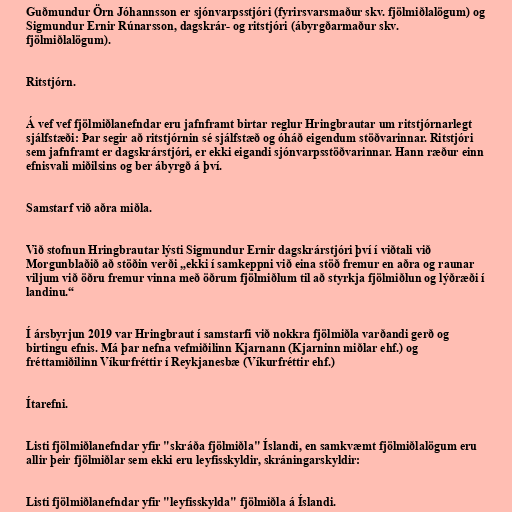
Guðmundur Örn Jóhannsson er sjónvarpsstjóri (fyrirsvarsmaður skv. fjölmiðlalögum) og
Sigmundur Ernir Rúnarsson, dagskrár- og ritstjóri (ábyrgðarmaður skv.
fjölmiðlalögum).

Ritstjórn.

Á vef vef fjölmiðlanefndar eru jafnframt birtar reglur Hringbrautar um ritstjórnarlegt
sjálfstæði: Þar segir að ritstjórnin sé sjálfstæð og óháð eigendum stöðvarinnar. Ritstjóri
sem jafnframt er dagskrárstjóri, er ekki eigandi sjónvarpsstöðvarinnar. Hann ræður einn
efnisvali miðilsins og ber ábyrgð á því.

Samstarf við aðra miðla.

Við stofnun Hringbrautar lýsti Sigmundur Ernir dagskrárstjóri því í viðtali við
Morgunblaðið að stöðin verði „ekki í samkeppni við eina stöð fremur en aðra og raunar
viljum við öðru fremur vinna með öðrum fjölmiðlum til að styrkja fjölmiðlun og lýðræði í
landinu.“

Í ársbyrjun 2019 var Hringbraut í samstarfi við nokkra fjölmiðla varðandi gerð og
birtingu efnis. Má þar nefna vefmiðilinn Kjarnann (Kjarninn miðlar ehf.) og
fréttamiðilinn Víkurfréttir í Reykjanesbæ (Víkurfréttir ehf.)

Ítarefni.

Listi fjölmiðlanefndar yfir "skráða fjölmiðla" Íslandi, en samkvæmt fjölmiðlalögum eru
allir þeir fjölmiðlar sem ekki eru leyfisskyldir, skráningarskyldir:

Listi fjölmiðlanefndar yfir "leyfisskylda" fjölmiðla á Íslandi.